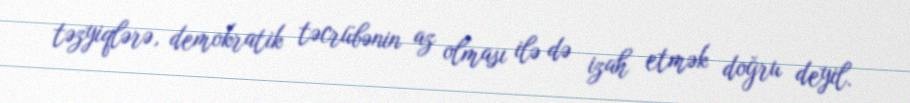
təzyiqlərə, demokratik təcrübənin az olması ilə də izah etmək doğru deyil.